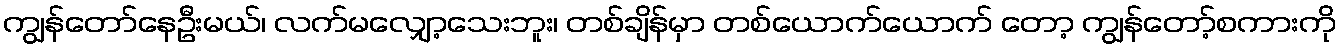
ကျွန်တော်နေဦးမယ်၊ လက်မလျှော့သေးဘူး၊ တစ်ချိန်မှာ တစ်ယောက်ယောက် တော့ ကျွန်တော့်စကားကို